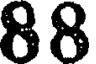
88